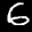
Label: 6